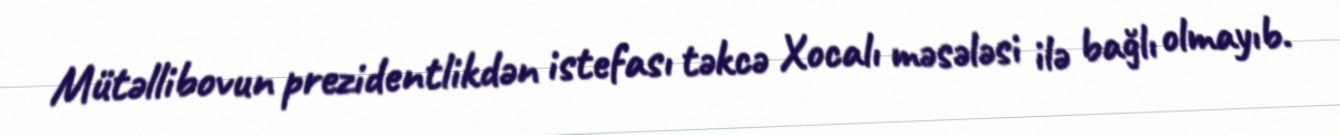
Mütəllibovun prezidentlikdən istefası təkcə Xocalı məsələsi ilə bağlı olmayıb.